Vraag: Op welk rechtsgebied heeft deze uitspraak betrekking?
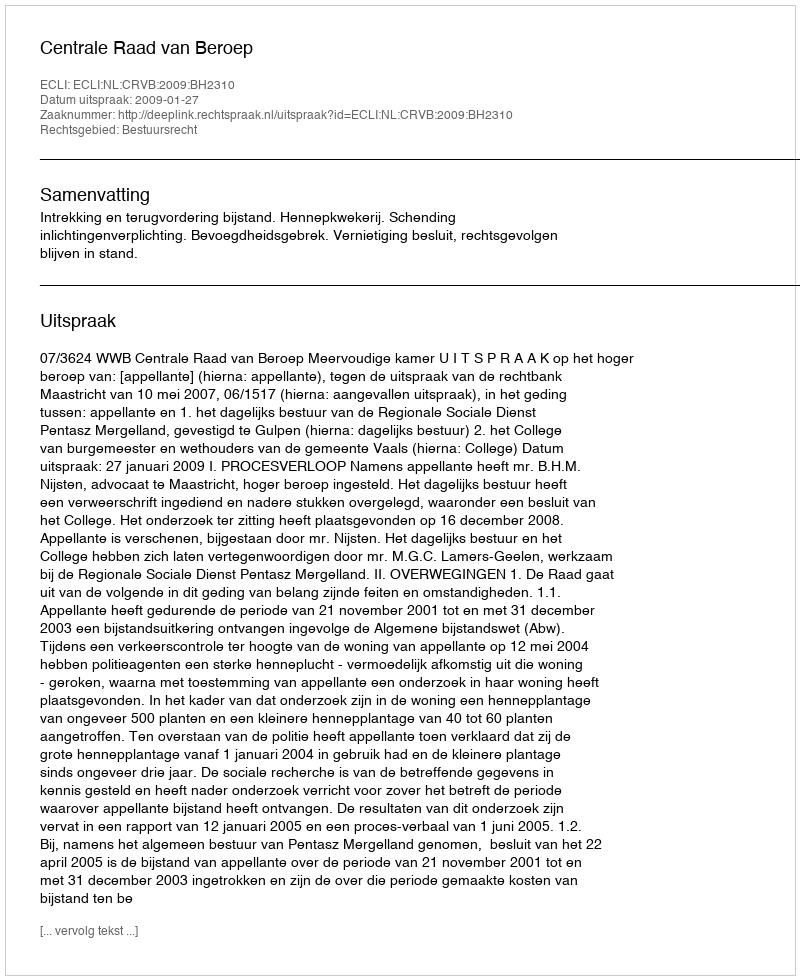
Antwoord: Bestuursrecht